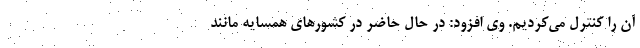
آن را کنترل می‌کردیم. وی افزود: در حال حاضر در کشورهای همسایه مانند